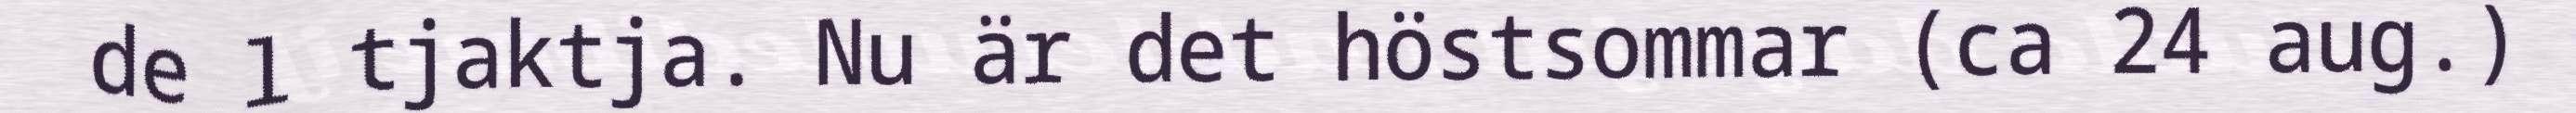
de l tjaktja. Nu är det höstsommar (ca 24 aug.)